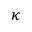
\kappa